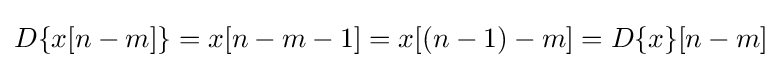
D\{x[n-m]\}=x[n-m-1]=x[(n-1)-m]=D\{x\}[n-m]